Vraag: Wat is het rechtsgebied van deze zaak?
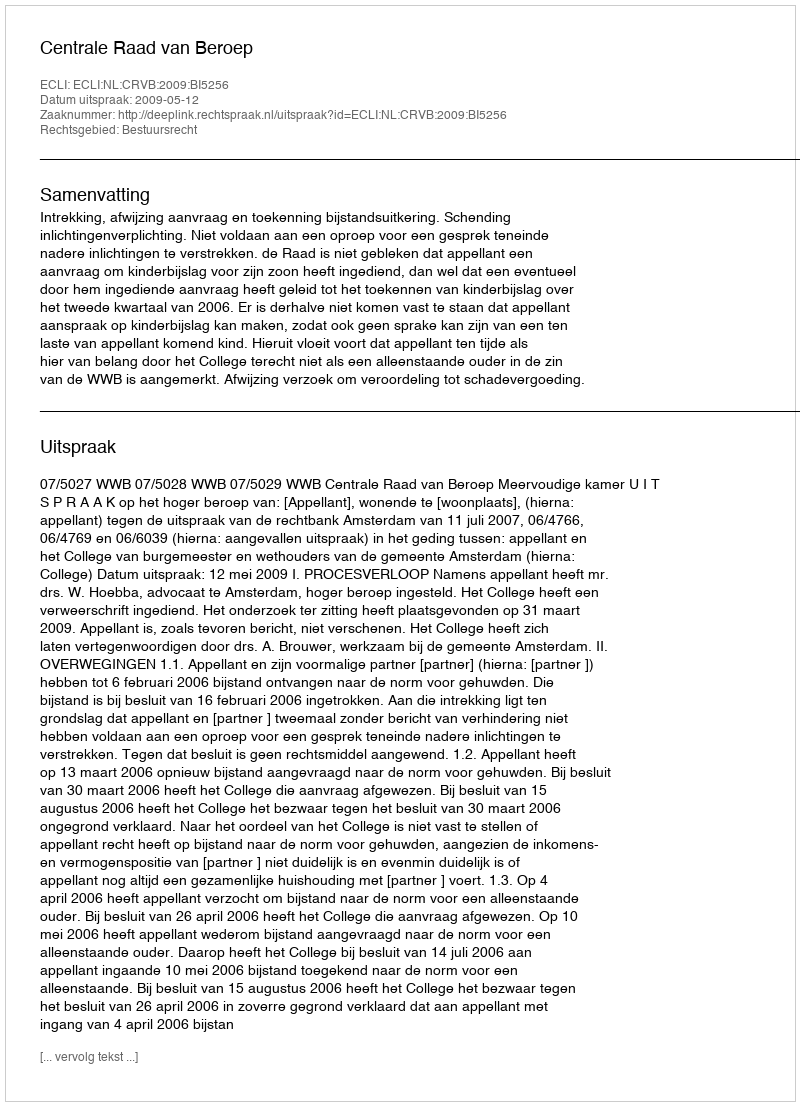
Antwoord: Bestuursrecht